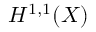
H ^ { 1 , 1 } ( X )